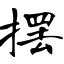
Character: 摆